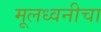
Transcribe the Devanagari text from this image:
मूलध्वनीचा